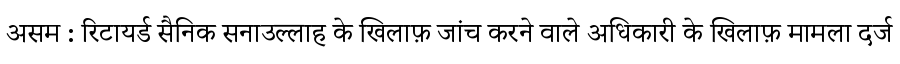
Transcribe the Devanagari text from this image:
असम : रिटायर्ड सैनिक सनाउल्लाह के खिलाफ़ जांच करने वाले अधिकारी के खिलाफ़ मामला दर्ज